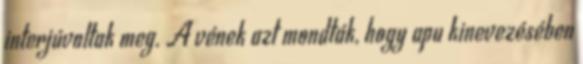
interjúvoltak meg. A vének azt mondták, hogy apu kinevezésében